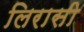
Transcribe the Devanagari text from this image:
लिरासी